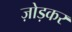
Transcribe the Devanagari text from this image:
ज़ोड़कर